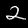
Label: 2